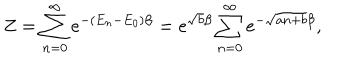
Z = \sum _ { n = 0 } ^ { \infty } e ^ { - ( E _ { n } - E _ { 0 } ) \beta } = e ^ { \sqrt { b } \beta } \sum _ { n = 0 } ^ { \infty } e ^ { - \sqrt { a n + b } \beta } ,